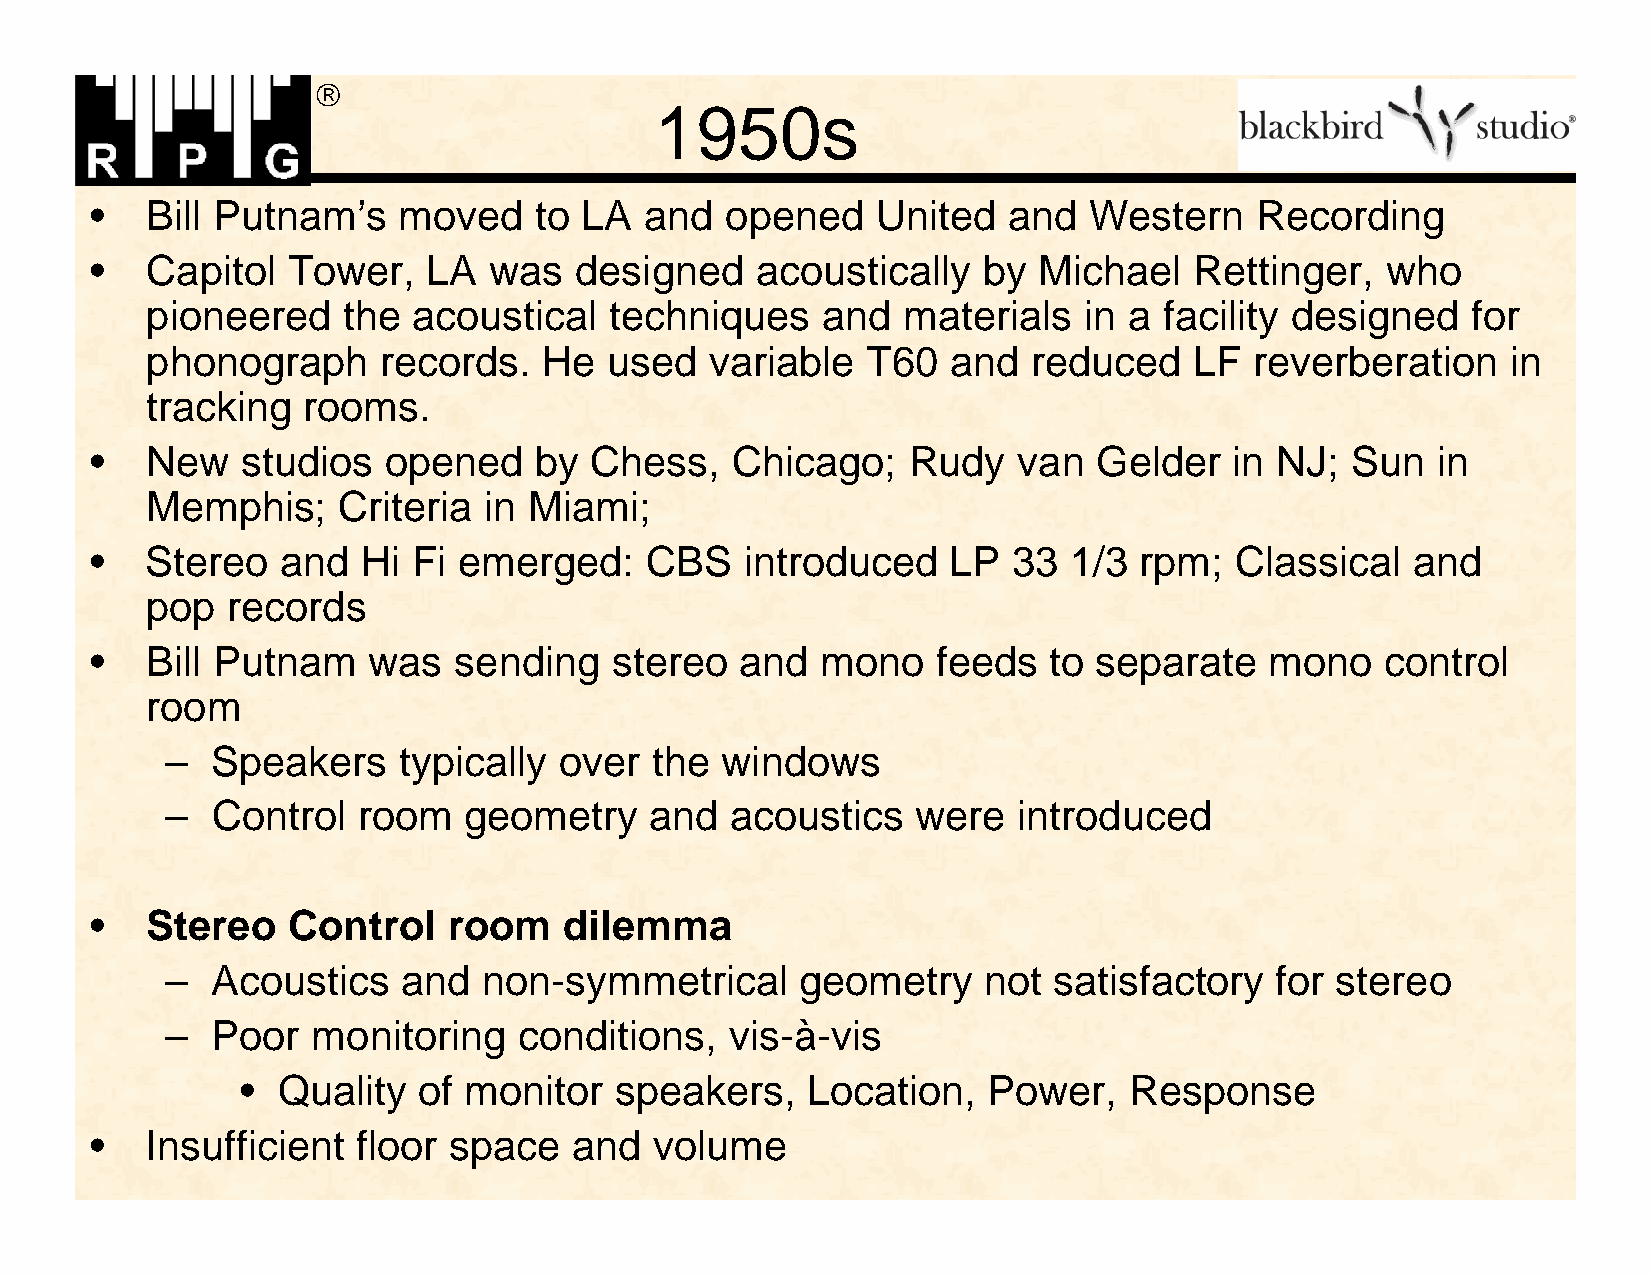

 1950s
 •   Bill Putnam’s   moved    to LA   and  opened    United   and  Western    Recording
 •   Capitol  Tower,   LA  was   designed    acoustically   by  Michael   Rettinger,   who
 pioneered    the acoustical   techniques    and   materials   in a facility designed   for
 phonograph     records.   He  used   variable  T60   and  reduced    LF  reverberation    in
 tracking  rooms.
 •   New   studios  opened    by  Chess,   Chicago;    Rudy   van   Gelder   in NJ; Sun   in
 Memphis;    Criteria  in Miami;
 •   Stereo   and  Hi Fi emerged:     CBS   introduced    LP  33  1/3 rpm;   Classical   and
 pop  records
 •   Bill Putnam   was   sending    stereo  and  mono    feeds  to separate    mono    control
 room
 –  Speakers    typically  over  the  windows
 –  Control   room   geometry    and  acoustics    were  introduced
 •   Stereo   Control    room   dilemma
 –  Acoustics    and  non-symmetrical      geometry    not  satisfactory  for stereo
 –  Poor   monitoring   conditions,   vis-à-vis
 • Quality   of monitor   speakers,   Location,   Power,    Response
 •   Insufficient  floor space   and  volume